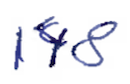
Text: 148
Cross-out: clean
Writing tool: ballpoint